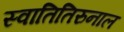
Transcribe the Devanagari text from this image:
स्वातितिरुनाल